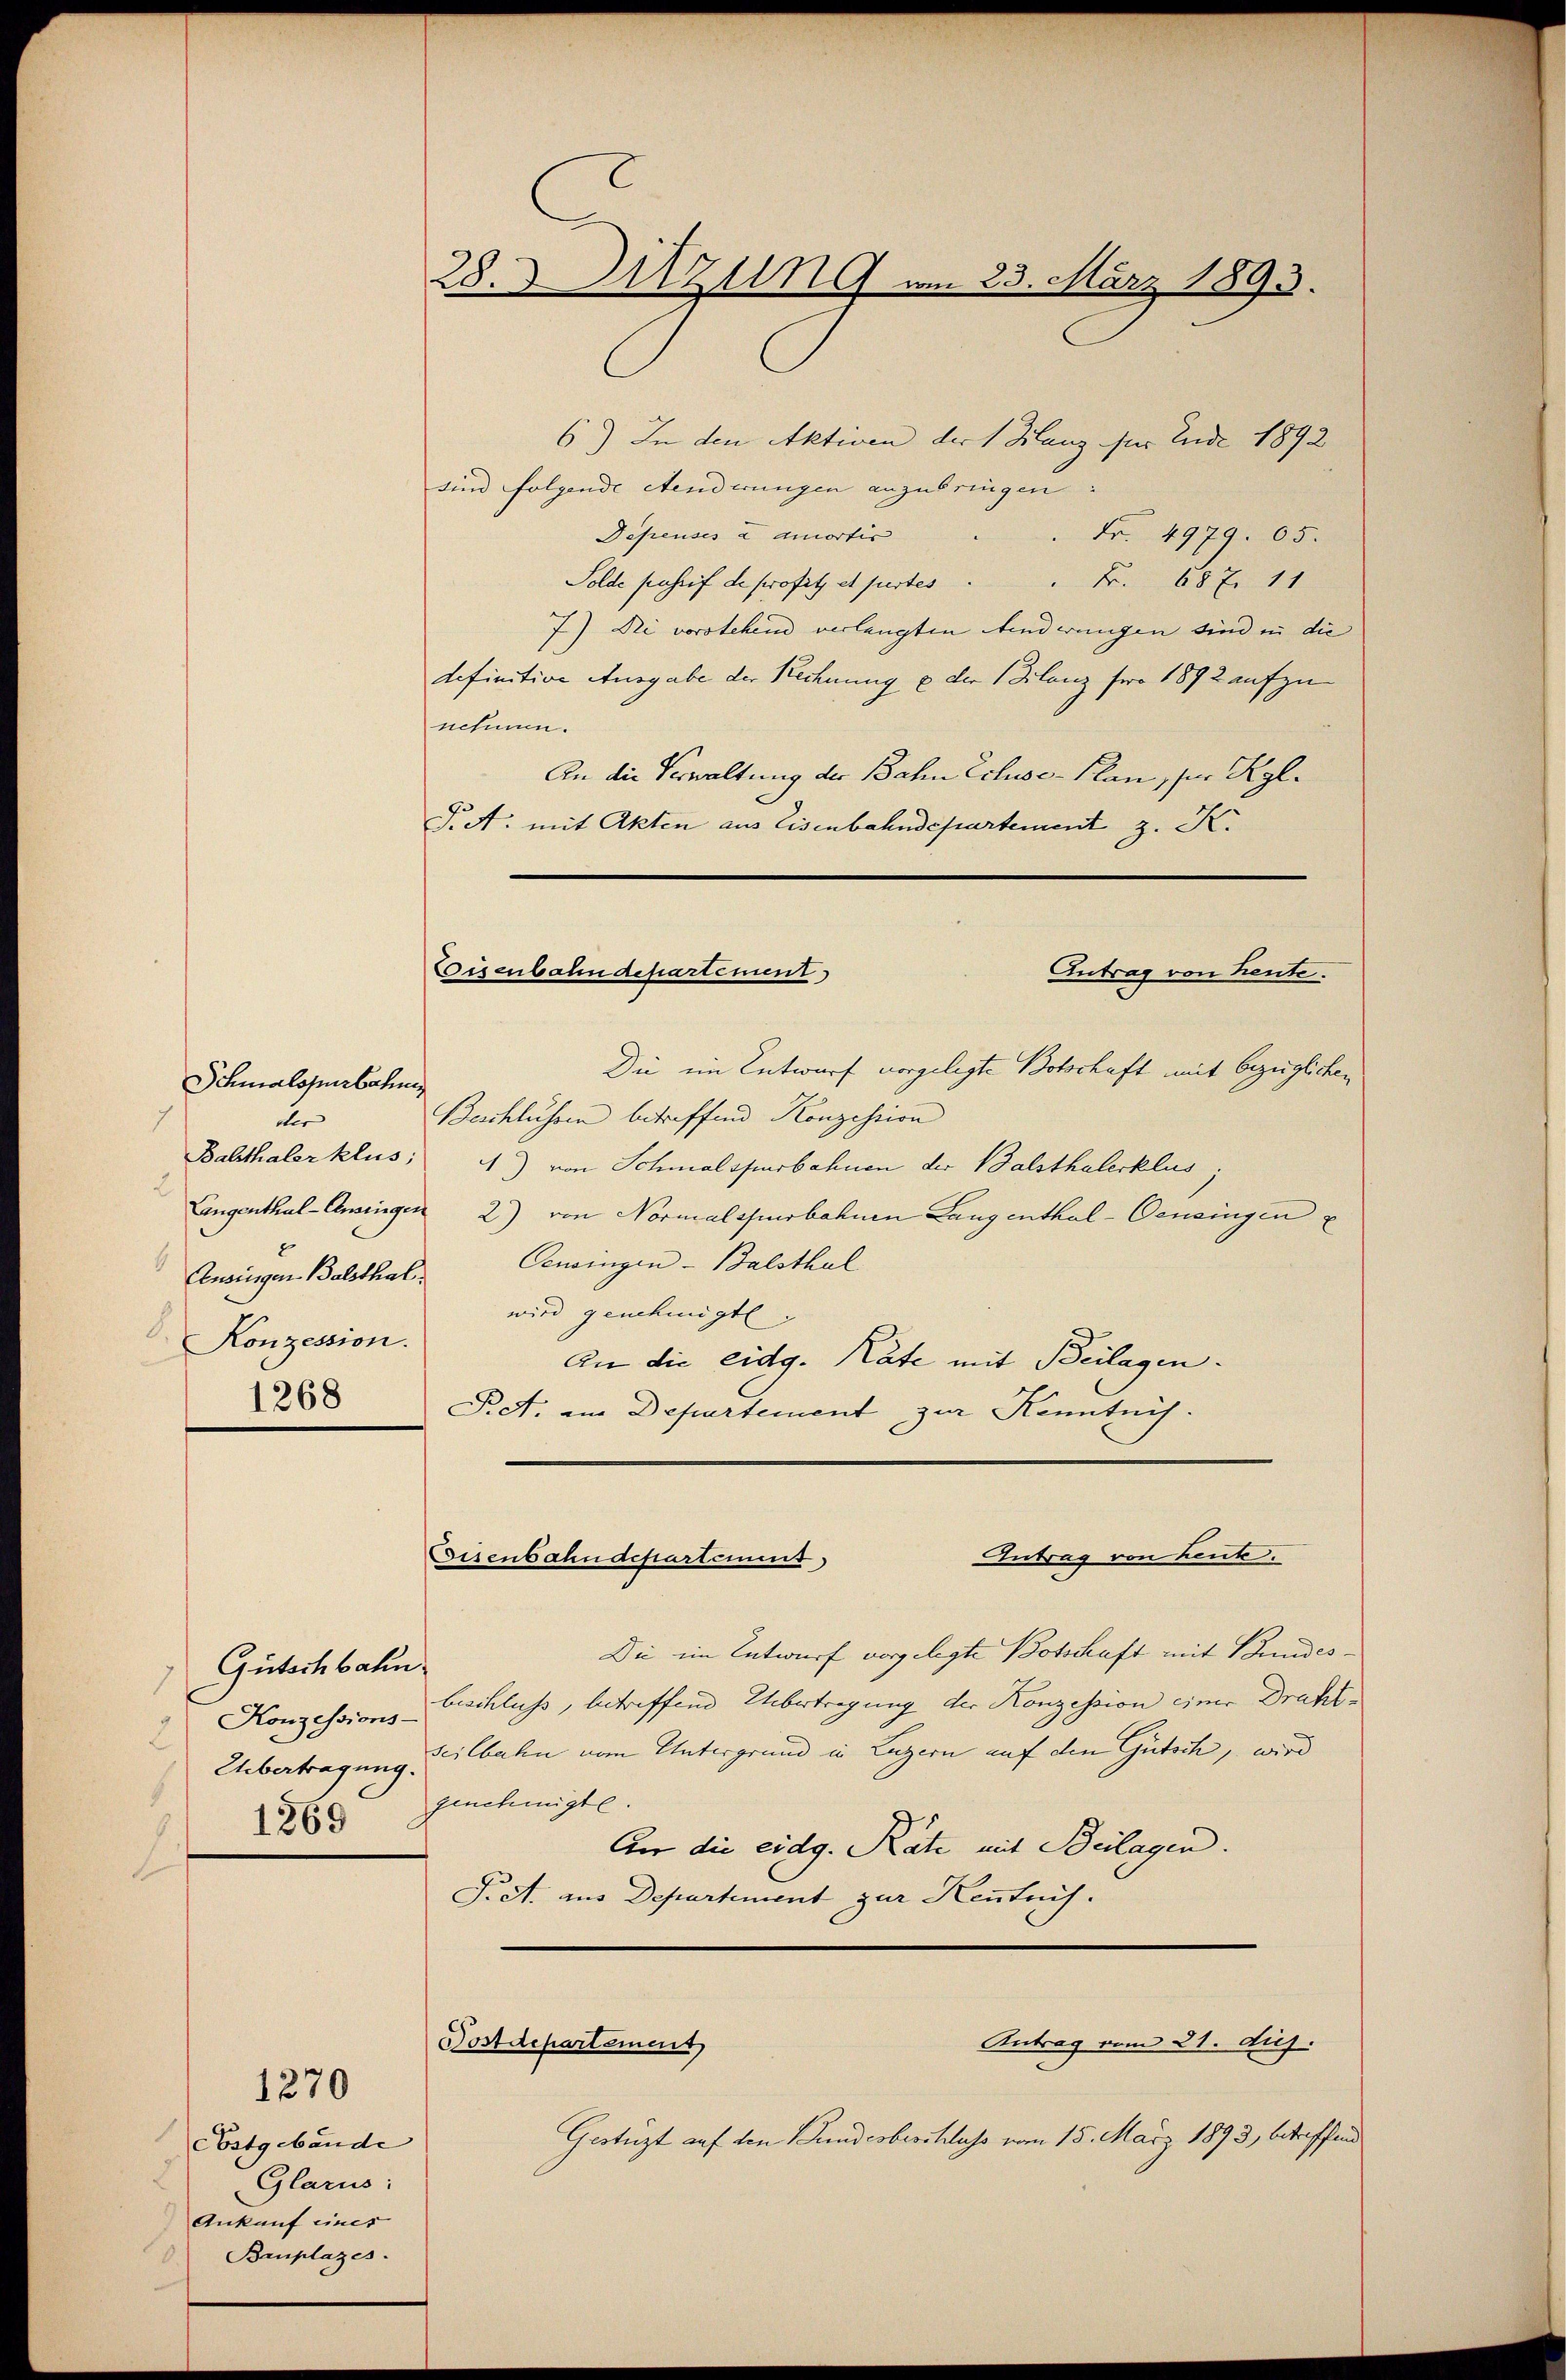
1
2
l

Schmalsperbahne
der
Konzession.
1268

Gütschbahn
Konzessions-

1270

6) In den Aktiven der 1 Klanz für Ende 1892
sind folgende Aenderungen anzubringen:
Dépenses a amortis
Fr. 4979. 05.
Solde passif de profits et furtes . . Fr. 687. 11
7) Die vorstehend verlangten Minderungen sind in die
definitive Ausgabe der Rechnung & der Bilanz fro 1892 aufzunehmen.
An die Verwaltung der Bahn Eiluse-Plan, per Kgl.
Fidt. mit Akten aus Eisenbahndepartement z. K.
Antrag von heute.
Die im Entwurf vorgelegte Botschaft mit bezüglichen
Beschlüssen betreffend Konzession
Balthaler klus; 4) von Schmalspurbahnen der Balsthalerklus
Augenthal-Ansingen 2) von Normalspurbahnen Lang enthal-Pensingen
Ansingen Balsthal. Geneingen - Balsthal
wird genehmigt.
An die eidg. Rate mit Beilagen.
P.S. im Departement zur Kenntnis.
Eisenbahndepartement
Antrag von Leute.
Die im Entwurf vorgelegte Botschaft mit Bundesbeschluss, betreffend Übertragung der Konzession einer Draht¬
Uebertragung zeitbahn vom Untergrund in Luzern auf den Gutsch, wird
1869 Genehmigte.
An die eidg. Räte mit Beilagen.
Fiet. aus Departement zur Kentrich.

Costgebäude
8
Glarus:
Ankauf eines
Bruplazes.

28. d. Sitzung am 23. März 1893.

Eisenbahndepartement

Antrag vom 21. dij.
Dostdepartement

Gestützt auf den Gundesbeschluss vom 15. März 1893, betreffend